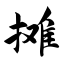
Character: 摊